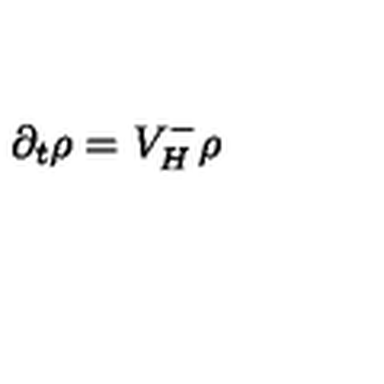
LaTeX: \partial _ { t } \rho = V _ { H } ^ { - } \rho